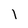
Character: l